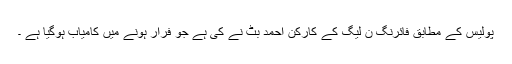
پولیس کے مطابق فائرنگ ن لیگ کے کارکن احمد بٹ نے کی ہے جو فرار ہونے میں کامیاب ہوگیا ہے ۔